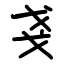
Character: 戔